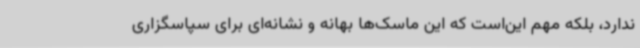
ندارد، بلکه مهم این‌است که این ماسک‌ها بهانه و نشانه‌ای برای سپاسگزاری